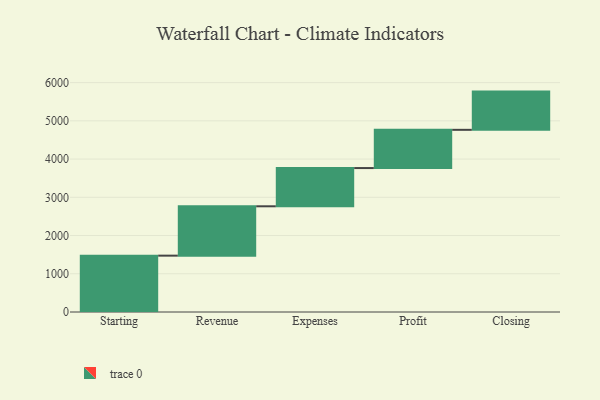
{"axis": {"x": "Step", "y": "Value"}, "legend": [""], "data": [{"x": "Starting", "y": 1474.0, "type": ""}, {"x": "Revenue", "y": 1291.0, "type": ""}, {"x": "Expenses", "y": 1000, "type": ""}, {"x": "Profit", "y": 1000, "type": ""}, {"x": "Closing", "y": 1000, "type": ""}]}